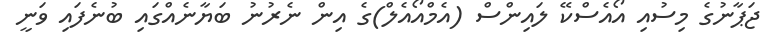
ޖަޕާނުގެ މިސުއި އޯއެސްކޭ ލައިންސް (އެމްއޯއެލް)ގެ އިން ނެރުނު ބަޔާނެއްގައި ބުނެފައި ވަނީ